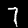
Digit: 7